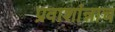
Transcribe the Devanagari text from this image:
प्रवाशांन्नाच